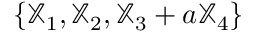
\{ { \mathbb X } _ { 1 } , { \mathbb X } _ { 2 } , { \mathbb X } _ { 3 } + a { \mathbb X } _ { 4 } \}